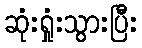
ဆုံးရှုံးသွားပြီး